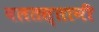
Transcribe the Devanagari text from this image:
बलतस्तानी